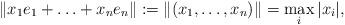
LaTeX: \begin{align*} \| x_1 e_1 + \ldots + x_n e_n \| : = \|(x_1,\ldots,x_n)\| = \max_i |x_i| ,\end{align*}